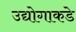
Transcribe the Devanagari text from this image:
उद्योगाकडे